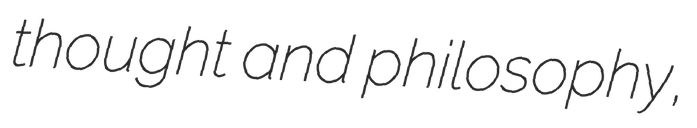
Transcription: thought and philosophy,